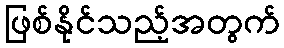
ဖြစ်နိုင်သည့်အတွက်